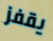
يقفز